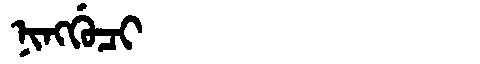
Manchu: ᠨᡳᠩᡤᡠᠴᡳ
Romanization: NINGGUCI